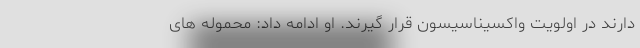
دارند در اولویت واکسیناسیسون قرار گیرند. او ادامه داد:‌ محموله های